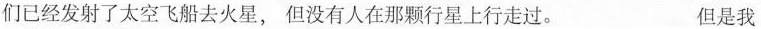
们已经发射了太空飞船去火星, 但没有人在那颗行星上行走过. 但是我